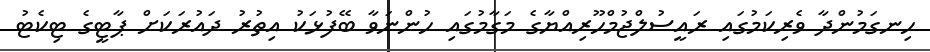
ހިނގަމުންދާ ވެރިކަމުގައި ރައީސުލްޖުމްހޫރިއްޔާގެ މަގާމުގައި ހުންނަވާ ބޭފުޅަކު އިތުރު ދައުރަަކަށް ޕާޓީގެ ޓިކެޓު